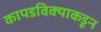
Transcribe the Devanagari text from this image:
कापडविक्याकडून